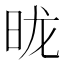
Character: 昽